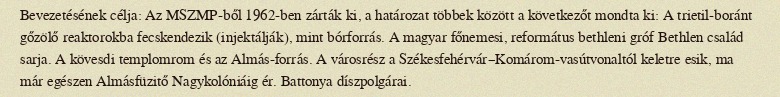
Bevezetésének célja: Az MSZMP-ből 1962-ben zárták ki, a határozat többek között a következőt mondta ki: A trietil-boránt gőzölő reaktorokba fecskendezik (injektálják), mint bórforrás. A magyar főnemesi, református bethleni gróf Bethlen család sarja. A kövesdi templomrom és az Almás-forrás. A városrész a Székesfehérvár–Komárom-vasútvonaltól keletre esik, ma már egészen Almásfüzitő Nagykolóniáig ér. Battonya díszpolgárai.